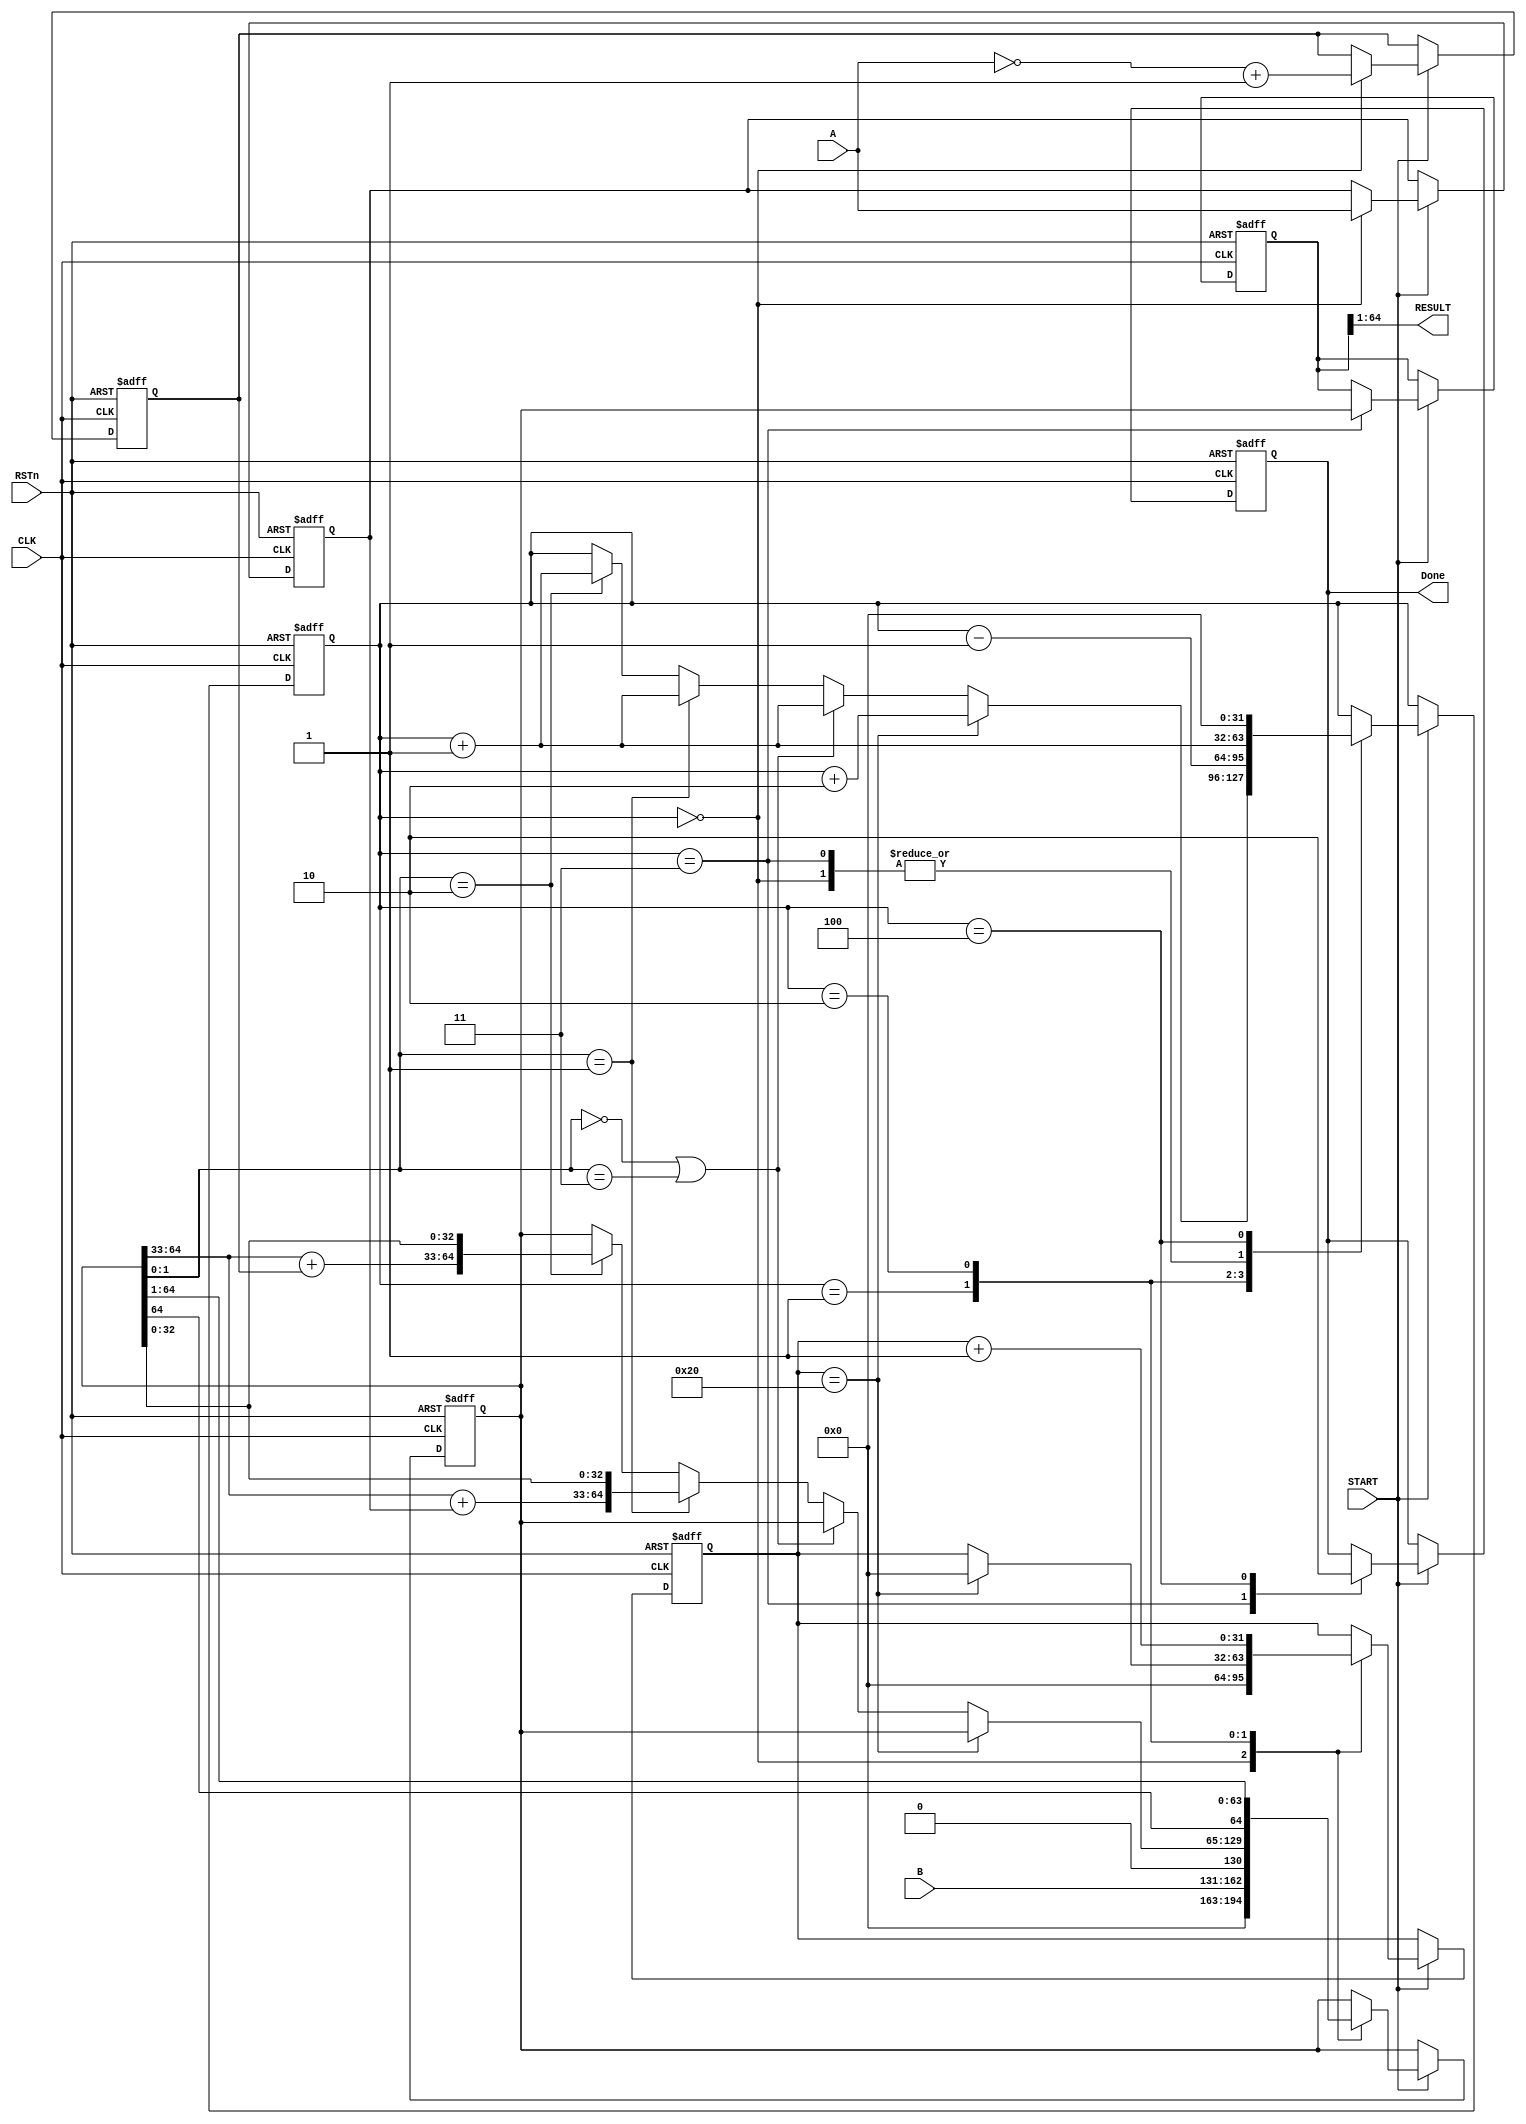
`timescale 1ns / 1ps
//////////////////////////////////////////////////////////////////////////////////
// Company: 
// Engineer: 
// 
// Design Name: 
// Module Name: booth
// Project Name: 
// Target Devices: 
// Tool Versions: 
// Description: 
// 
// Dependencies: 
// 
// Revision:
// Revision 0.01 - File Created
// Additional Comments:
// 
//////////////////////////////////////////////////////////////////////////////////



`timescale 1ns / 1ps

module booth_multiply#(
	parameter DATAWIDTH = 32
)
(
	input                            CLK,
	input                            RSTn,
	input                            START,
	input  [ DATAWIDTH - 1 : 0 ]     A,
	input  [ DATAWIDTH - 1 : 0 ]     B,
	
	output [ DATAWIDTH * 2 - 1 : 0 ] RESULT,
	output                           Done
);

reg [ DATAWIDTH - 1 : 0 ] i;
reg [ DATAWIDTH * 2 : 0 ] P;
reg [ DATAWIDTH - 1 : 0 ] A_reg;
reg [ DATAWIDTH - 1 : 0 ] A_bm;
reg [ DATAWIDTH - 1 : 0 ] N;
reg [ DATAWIDTH * 2 : 0 ] result_reg;//
reg                       isDone;//

always @ ( posedge CLK or negedge RSTn )
begin
	if (!RSTn)
	begin
		i <= 0;
		P <= 0;
		A_reg <= 0;
		A_bm <= 0;
		result_reg <= 0;
		N <=0;
		isDone <= 0;
	end
	else if (START)
	begin
	//booth
		case (i)
			0:
				begin
					A_reg <= A;//
					//complement code of A A,+-
					A_bm <= ~A + 1'b1;  //  
					P <= { 32'd0, B, 1'b0 };  //B add to last 32 bit of P 650
					i <= i + 1'b1;//1
					N <= 0;
				end
			//operating 
			1:
				begin
					if (N == DATAWIDTH)//3232*32
						begin
							N <= 0;//
							i <= i + 2'b10;//3
						end
					else if (P[1:0] == 2'b00 | P[1:0] == 2'b11)//11 00 
						begin
							P <= P;//
							i <= i + 1'b1;// 2
						end
					else if (P[1:0] == 2'b01)//01 10
						begin
							P <= {P[64:33] + A_reg,P[32:0]};
							i <= i + 1'b1;// 2
						end
					else if (P[1:0] == 2'b10)
						begin
							P <= {P[64:33] + A_bm,P[32:0]};
							i <= i + 1'b1;// 2
						end

				end
			//shift 
			2:
				begin
					P <= {P[64],P[64:1]};//
					N <= N + 1'b1;//
					i <= i - 1'b1;//1
				end
			3:
				begin
					isDone <= 1;//
					result_reg <= P;//
					i <= i + 1'b1;//4

				end
			4:
				begin
					isDone <= 0;//
					i <= 0;
				end
		
		endcase
	end
end

assign Done = isDone;//
assign RESULT = result_reg[64:1];//0

endmodule

//`timescale 1ns / 1ps

//module booth_multiply#(
//	parameter DATAWIDTH = 8
//)
//(
//	input                            CLK,
//	input                            RSTn,
//	input                            START,
//	input  [ DATAWIDTH - 1 : 0 ]     A,
//	input  [ DATAWIDTH - 1 : 0 ]     B,
	
//	output [ DATAWIDTH * 2 - 1 : 0 ] RESULT,
//	output                           Done
//);

//reg [ DATAWIDTH - 1 : 0 ] i;
//reg [ DATAWIDTH * 2 : 0 ] P;
//reg [ DATAWIDTH - 1 : 0 ] A_reg;
//reg [ DATAWIDTH - 1 : 0 ] A_bm;
//reg [ DATAWIDTH - 1 : 0 ] N;
//reg [ DATAWIDTH * 2 : 0 ] result_reg;
//reg                       isDone;

//always @ ( posedge CLK or negedge RSTn )
//begin
//	if (!RSTn)
//	begin
//		i <= 0;
//		P <= 0;
//		A_reg <= 0;
//		A_bm <= 0;
//		result_reg <= 0;
//		N <=0;
//		isDone <= 0;
//	end
//	else if (START)
//	begin
//		case (i)
		
//			0:
//				begin
//					A_reg <= A;
//					//complement code of A A,+-
//					A_bm <= ~A + 1'b1;    
//					P <= { 8'd0, B, 1'b0 };  //B add to last 8bit of P
//					i <= i + 1'b1;
//					N <= 0;
//				end
//			//operating 
//			1:
//				begin
//					if (N == DATAWIDTH)
//						begin
//							N <= 0;
//							i <= i + 2'b10;
//						end
//					else if (P[1:0] == 2'b00 | P[1:0] == 2'b11)
//						begin
//							P <= P;
//							i <= i + 1'b1;
//						end
//					else if (P[1:0] == 2'b01)
//						begin
//							P <= {P[16:9] + A_reg,P[8:0]};
//							i <= i + 1'b1;
//						end
//					else if (P[1:0] == 2'b10)
//						begin
//							P <= {P[16:9] + A_bm,P[8:0]};
//							i <= i + 1'b1;
//						end

//				end
//			//shift 
//			2:
//				begin
//					P <= {P[16],P[16:1]};
//					N <= N + 1'b1;
//					i <= i - 1'b1;
//				end
//			3:
//				begin
//					isDone <= 1;
//					result_reg <= P;
//					i <= i + 1'b1;

//				end
//			4:
//				begin
//					isDone <= 0;
//					i <= 0;
//				end
		
//		endcase
//	end
//end

//assign Done = isDone;
//assign RESULT = result_reg[16:1];

//endmodule